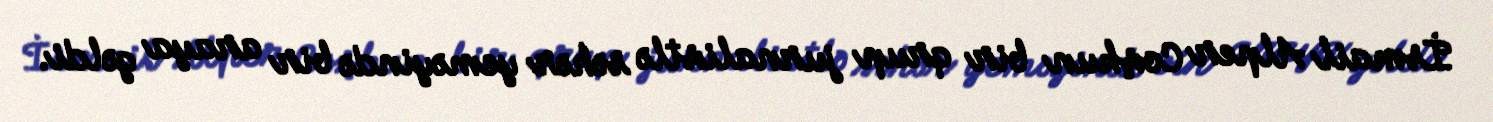
İsmail Alper Coşkun bir qrup jurnalistlə səhər yeməyində bir araya gəldi.